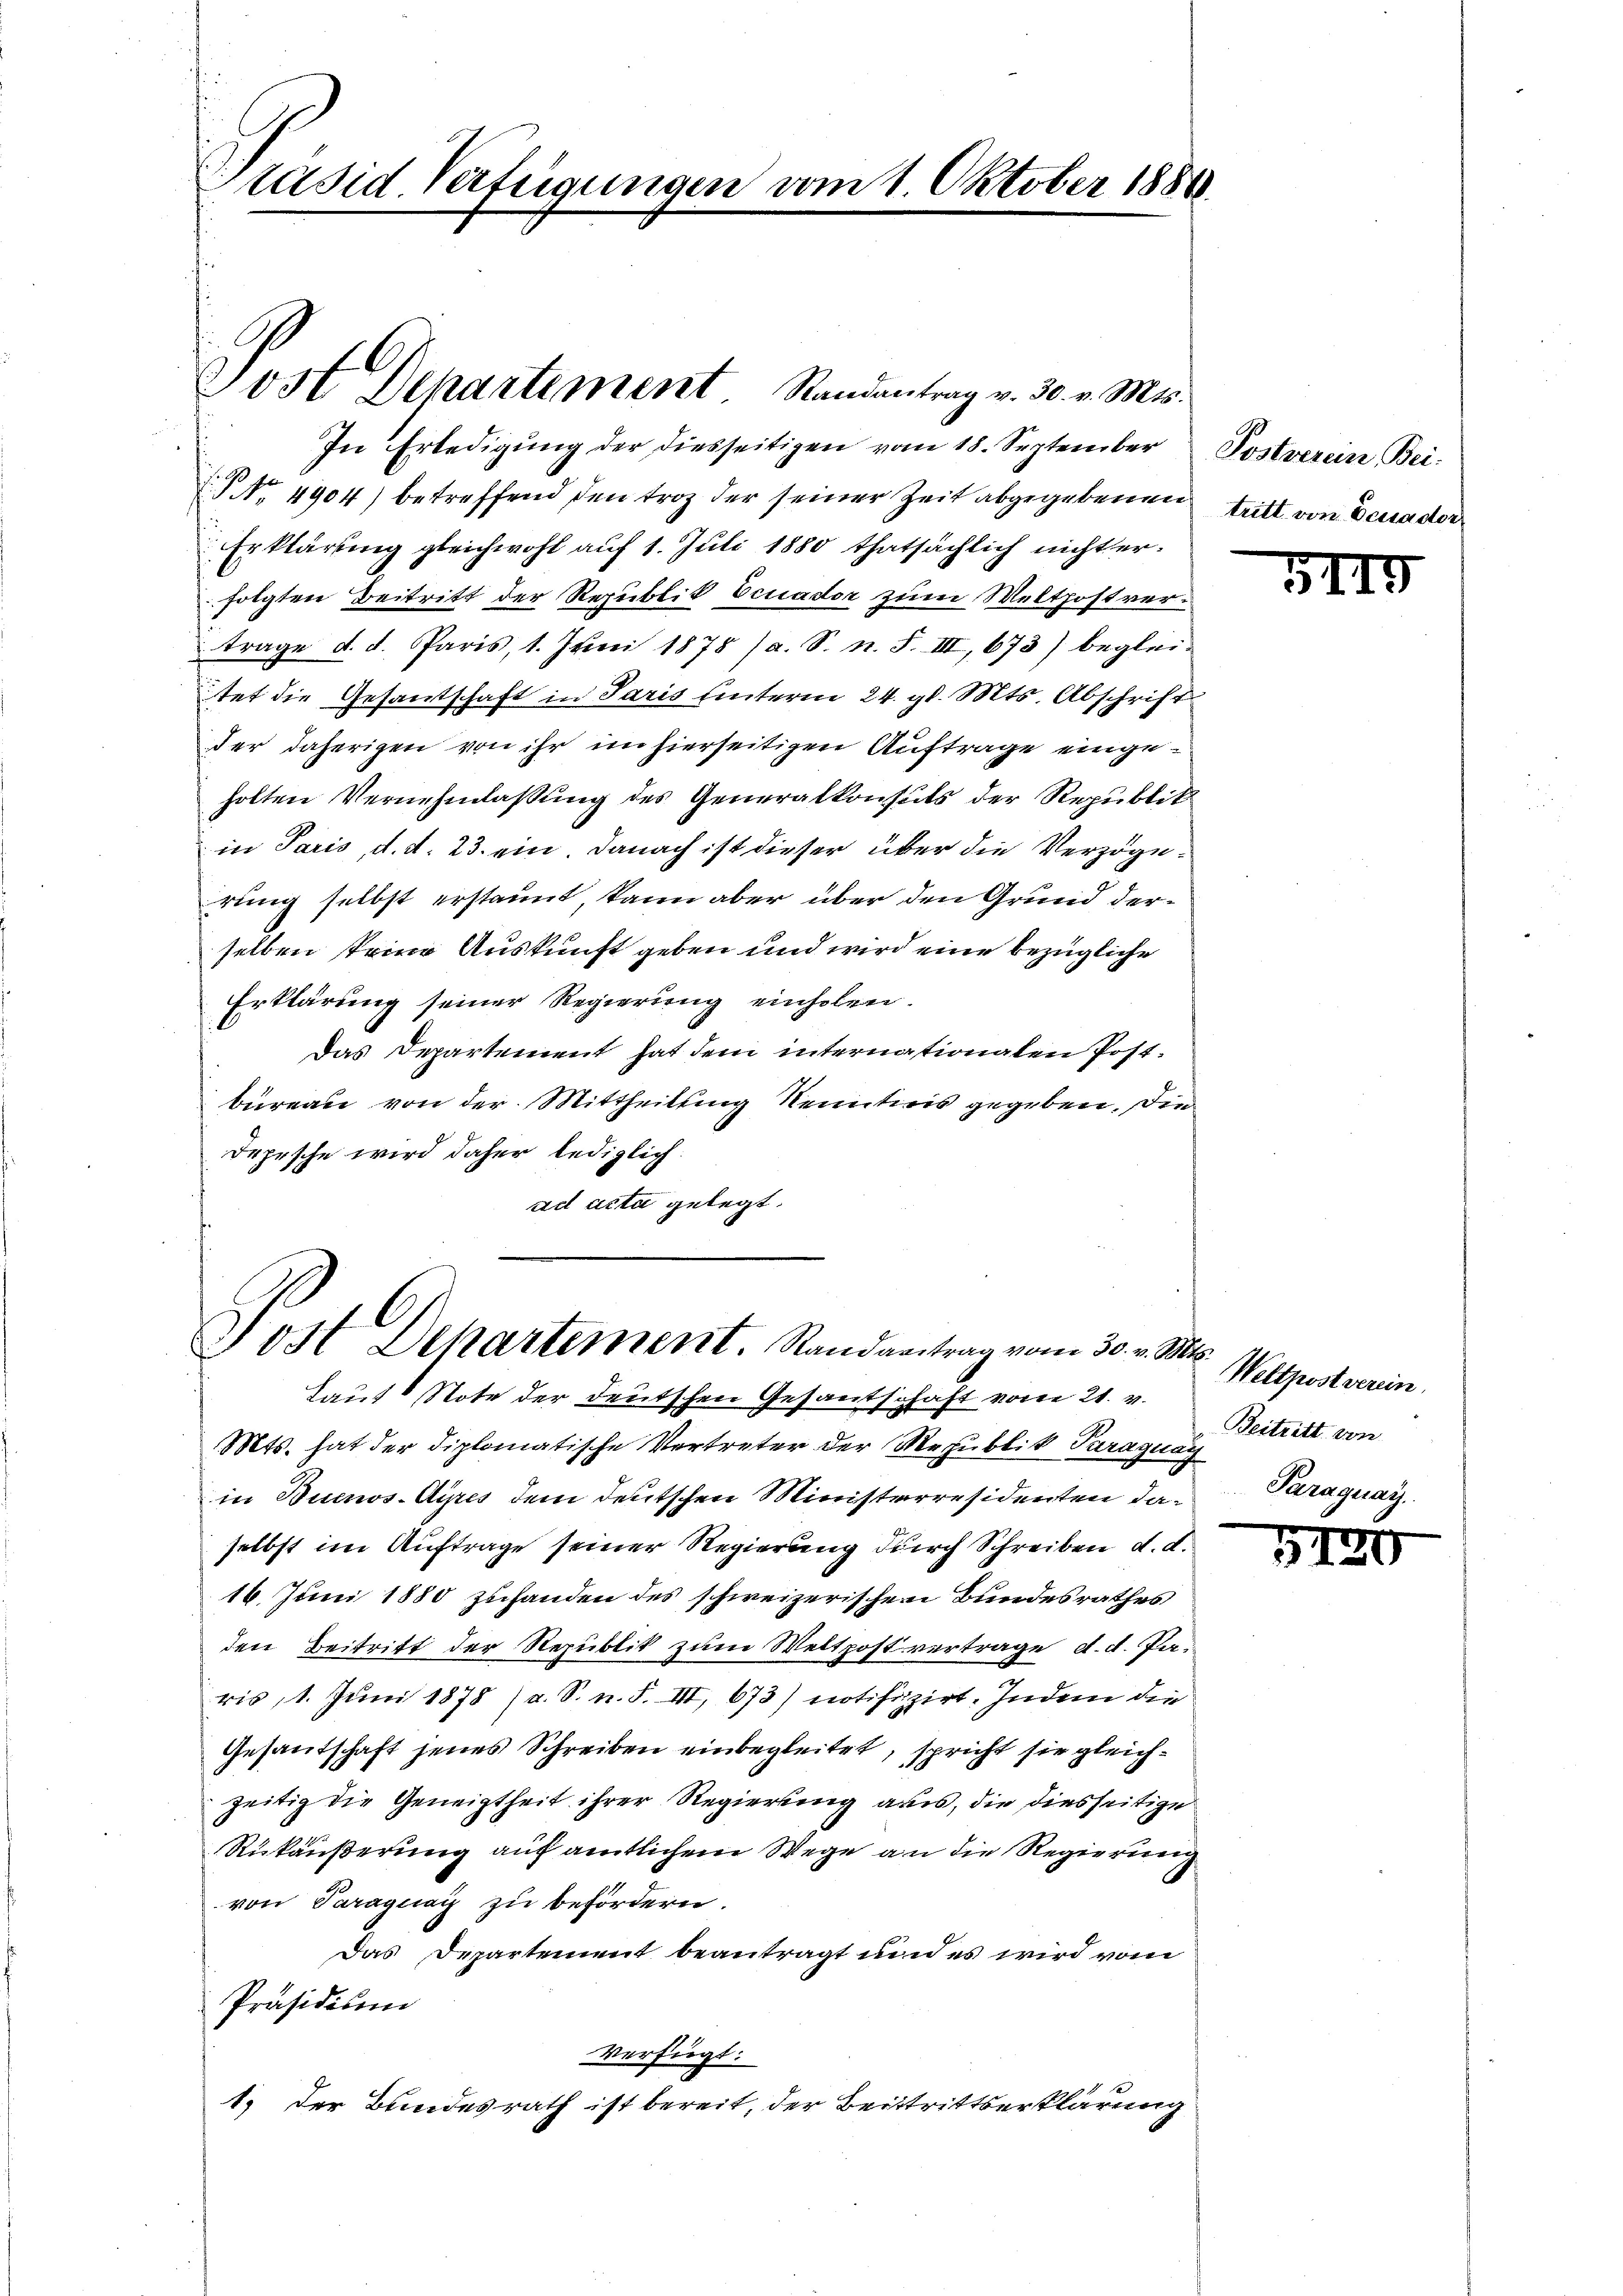
Präsid. Verfügungen vom 1. Oktober 1880.

Post Departement Randantrag v. 30. v. Mts.

Post Departement. Randantrag vom 30. v. Mts.

In Erledigŭng der diesseitigen vom 18. September Postverein Bei¬
J No. 4904) betreffend den troz der seiner Zeit abgegebenen
Erklärung gleichwohl auf 1. Juli 1880 thatsächlich nicht erfolgten Beitritt der Republik Ecuader zum Weltpostvertrage d. d. Paris, 1. Juni 1878 (a. S. n. F. IIII, 673) begleitet die Gesantschaft in Paris unterm 24. gl. Mts. Abschrift
der daherigen von ihr im hierseitigen Auftrage eingeholten Vernehmlassung des Generalkonsuls der Republik
in Paris, d. d. 23. ein. Danach ist dieser über die Verzögerung selbst erstaunt kann aber über den Grund derselben keine Auskunft geben und wird eine bezügliche
Erklärung seiner Regierung einholen.
Das Departement hat dem internationalen Postbüreau von der Mittheilung Kenntnis gegeben. Die
Depesche wird daher lediglich.
ad acta gelegt.

Laut Note der deutschen Gesantschaft vom 21. v.
Mts. hat der diplomatische Vertreter der Mepublik Paraguay
in Buenos-Ayres dem deutschen Ministerresidenten da Paraguay
selbst im Auftrage seiner Regierung durch Schreiben d. d.
16. Juni 1880 zuhanden des schweizerischen Bundesrathes
den Beitritt der Republik zum Weltpost vertrage, d. d. Paris, 1. Juni 1878 (a. S. n. F. III, 673) notifizirt. Indem die
Gesantschaft jenes Schreiben einbegleitet, spricht sie gleichzeitig die Geneigtheit ihrer Regierung aus, die diesseitige
Rükäußerung auf amtlichem Wege an die Regierung
von Paraguay zu befördern.
Das Departement beantragt und es wird vom
Präsidium
Verfügt:
1.) Der Bundesrath ist bereit, der Beitrittserklärung

tritt von Deuader

3115

Weltpostverein.
Beitritt von

5120